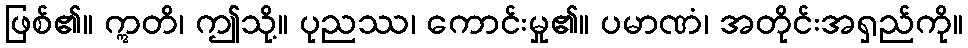
ဖြစ်၏။ ဣတိ၊ ဤသို့။ ပုညဿ၊ ကောင်းမှု၏။ ပမာဏံ၊ အတိုင်းအရှည်ကို။